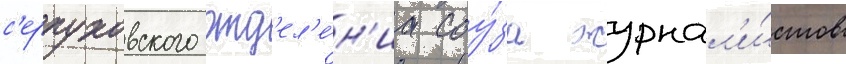
с'ерпуховского отд'ел'е́н'иа соу́за журнал'и́стов